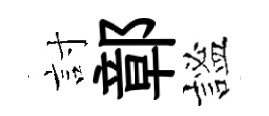
討鄣謐